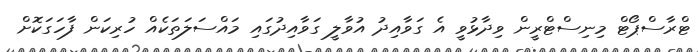
ޓްރާސްޕޯޓް މިނިސްޓްރީން ވިދާޅުވީ އެ ގަވާއިދު އުވާލީ ގަވާއިދުގައި މައްސަލަތަކެއް ހުރިކަން ފާހަގަކޮށް